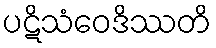
ပဋိသံဝေဒိဿတိ